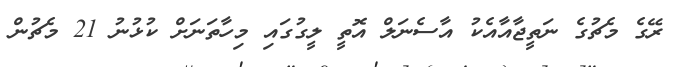
ރޭގެ މެޗުގެ ނަތީޖާއާއެކު އާސެނަލް އޮތީ ލީގުގައި މިހާތަނަށް ކުޅުނު 21 މެޗުން